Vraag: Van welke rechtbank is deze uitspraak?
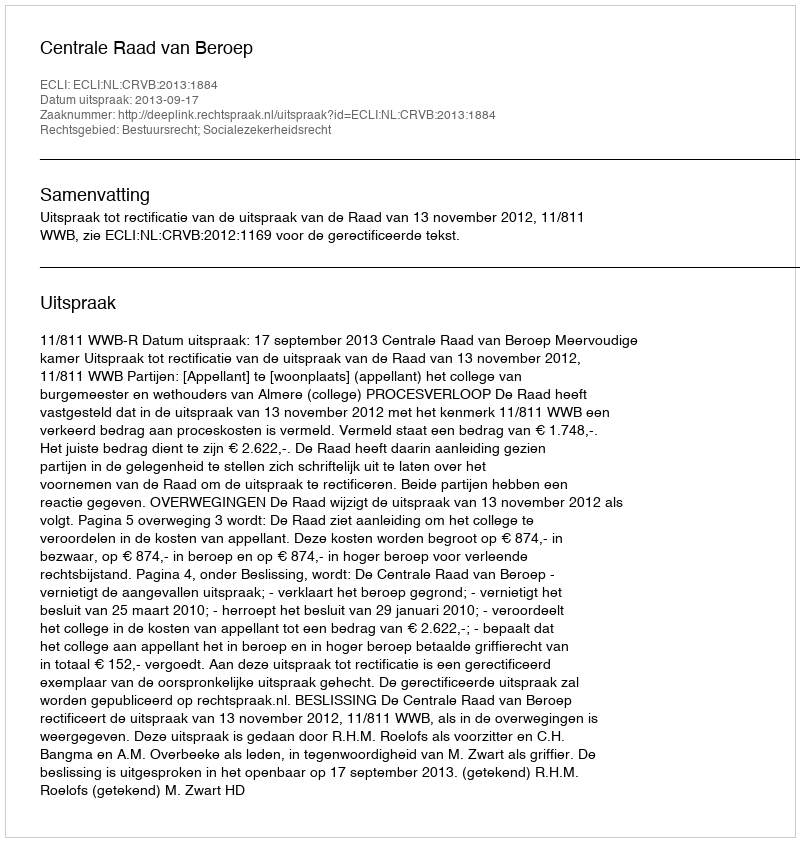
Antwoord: Centrale Raad van Beroep